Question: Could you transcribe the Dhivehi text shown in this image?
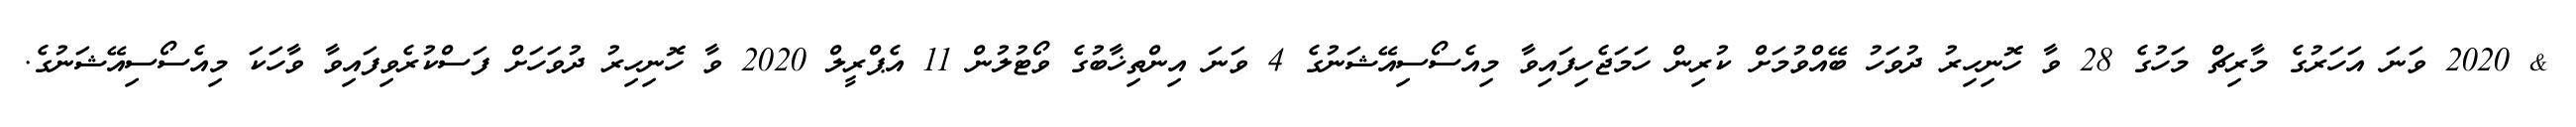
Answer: & 2020 ވަނަ އަހަރުގެ މާރިޗް މަހުގެ 28 ވާ ހޮނިހިރު ދުވަހު ބޭއްވުމަށް ކުރިން ހަމަޖެހިފައިވާ މިއެސޯސިއޭޝަނުގެ 4 ވަނަ އިންތިޚާބުގެ ވޯޓުލުން 11 އެޕްރީލް 2020 ވާ ހޮނިހިރު ދުވަހަށް ފަސްކުރެވިފައިވާ ވާހަކަ މިއެސޯސިއޭޝަނުގެ.